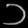
Digit: ၁